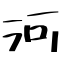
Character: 河